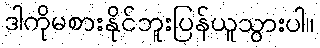
ဒါကိုမစားနိုင်ဘူးပြန်ယူသွားပါ။